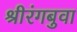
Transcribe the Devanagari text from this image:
श्रीरंगबुवा